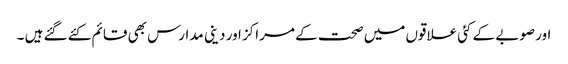
اور صوبے کے کئی علاقوں میں صحت کے مراکز اور دینی مدارس بھی قائم کئے گئے ہیں ۔